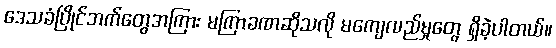
ဒေသခံပြိုင်ဘက်တွေအကြား မကြာခဏဆိုသလို မကျေလည်မှုတွေ ရှိခဲ့ပါတယ်။